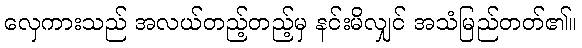
လှေကားသည် အလယ်တည့်တည့်မှ နင်းမိလျှင် အသံမြည်တတ်၏။